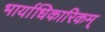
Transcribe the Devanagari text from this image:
भार्याधिकारिकम्